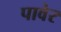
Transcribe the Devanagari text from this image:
पावेर